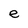
Character: e